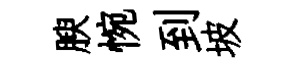
腴惋到坡